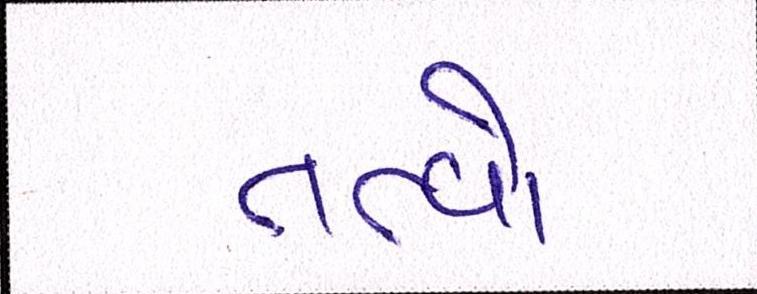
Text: તત્ત્વો